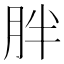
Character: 胖